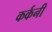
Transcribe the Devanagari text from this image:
कर्कनी